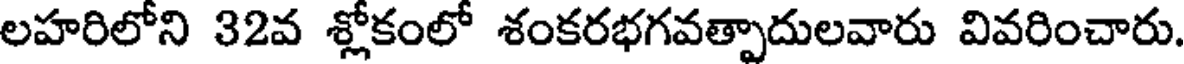
లహరిలోని 32వ శ్లోకంలో శంకరభగవత్పాదులవారు వివరించారు.